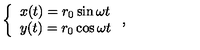
\left\{ \begin{array} { l l } { x ( t ) = r _ { 0 } \sin \omega { t } } \\ { y ( t ) = r _ { 0 } \cos \omega { t } } \\ \end{array} \right. { , }